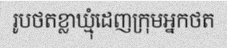
រូបថតខ្លាឃ្មុំដេញក្រុមអ្នកថត